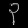
Digit: ၃